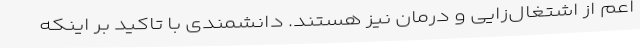
اعم از اشتغال‌زایی و درمان نیز هستند. دانشمندی با تاکید بر اینکه